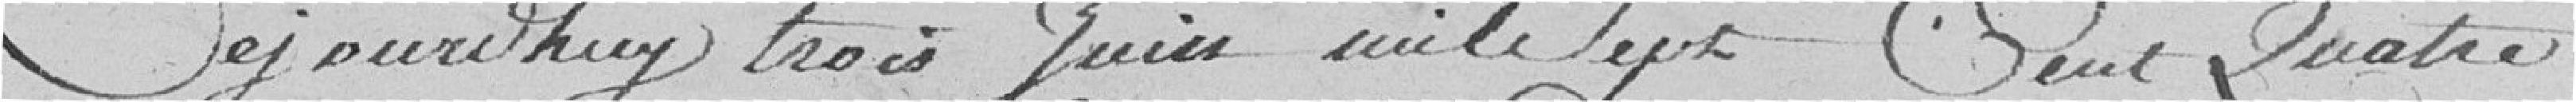
Aujourd'hui, trois juin mille sept cent quatre